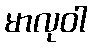
မာလုဝါ